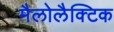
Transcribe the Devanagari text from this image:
मैलोलैक्टिक